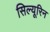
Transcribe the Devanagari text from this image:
सिल्यूरिन